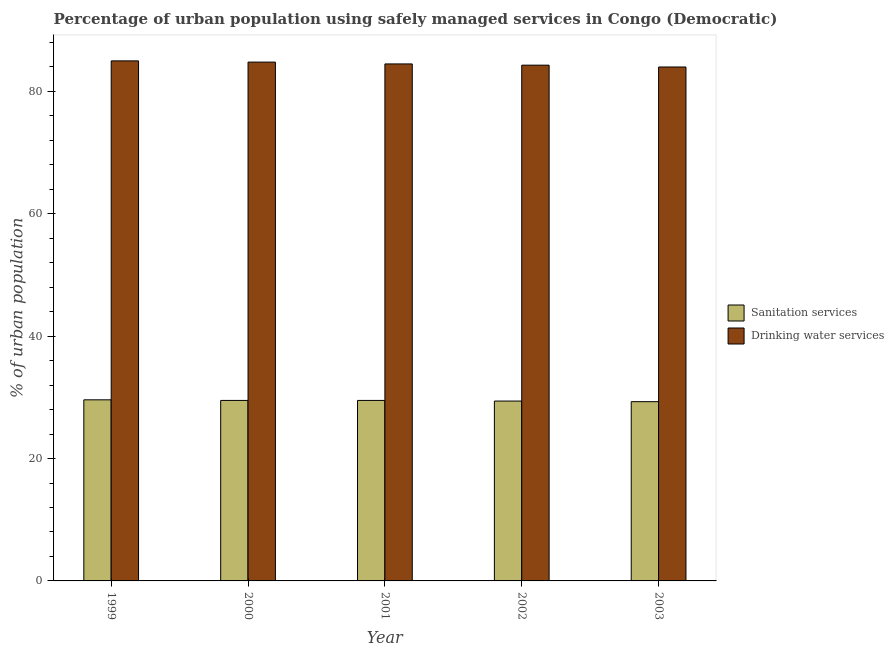
| Year | Sanitation services | Drinking water services |
 | --- | --- | --- |
 | 1999 | 29.6 | 85 |
 | 2000 | 29.5 | 84.8 |
 | 2001 | 29.5 | 84.5 |
 | 2002 | 29.4 | 84.3 |
 | 2003 | 29.3 | 84 |